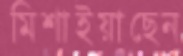
মিশাইয়াছেন